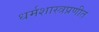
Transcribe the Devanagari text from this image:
धर्मशास्त्रप्रणीत